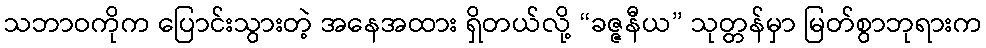
သဘာဝကိုက ပြောင်းသွားတဲ့ အနေအထား ရှိတယ်လို့ “ခဇ္ဇနီယ” သုတ္တန်မှာ မြတ်စွာဘုရားက